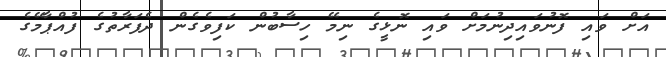
އަށް ވައި ފޮނުވައިދިނުމަށް ވައި ނޮޅީގެ ނިމޭ ހިސާބުން ކަފިވެގެން ދެފަރާތުގެ ފުއްޕާމޭގެ